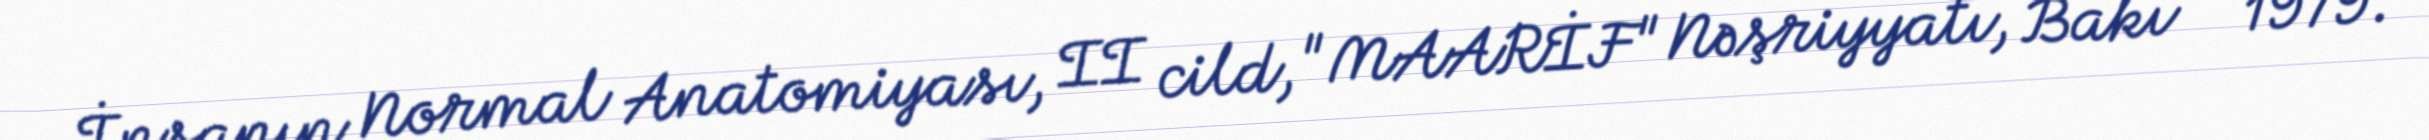
İnsanın Normal Anatomiyası, II cild, "MAARİF" Nəşriyyatı, Bakı – 1979.